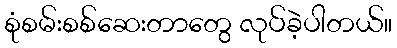
စုံစမ်းစစ်ဆေးတာတွေ လုပ်ခဲ့ပါတယ်။